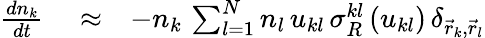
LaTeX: \begin{array}{rlr}{\frac{dn_{k}}{dt}}&{{}\approx}&{-n_{k}\, \sum_{l=1}^{N}n_{l}\, u_{kl}\, \sigma_{R}^{kl}\left(u_{kl}\right)\, \delta_{\vec{r}_{k},\vec{r}_{l}}}\end{array}